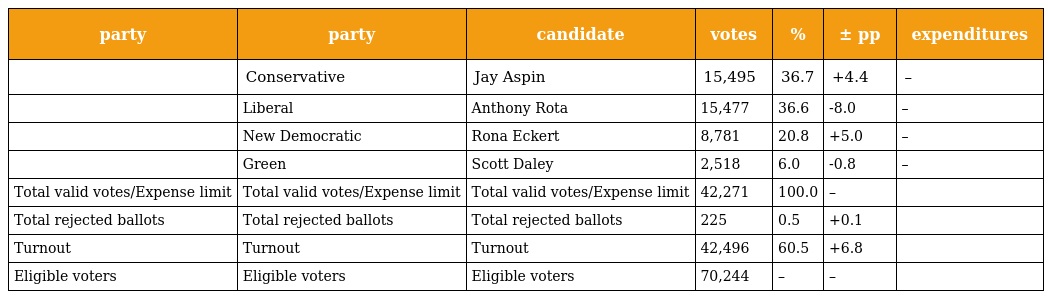
| party | party | candidate | votes | % | ± pp | expenditures |
 | --- | --- | --- | --- | --- | --- | --- |
 |  | Conservative | Jay Aspin | 15,495 | 36.7 | +4.4 | – |
 |  | Liberal | Anthony Rota | 15,477 | 36.6 | -8.0 | – |
 |  | New Democratic | Rona Eckert | 8,781 | 20.8 | +5.0 | – |
 |  | Green | Scott Daley | 2,518 | 6.0 | -0.8 | – |
 | Total valid votes/Expense limit | Total valid votes/Expense limit | Total valid votes/Expense limit | 42,271 | 100.0 | – |  |
 | Total rejected ballots | Total rejected ballots | Total rejected ballots | 225 | 0.5 | +0.1 |  |
 | Turnout | Turnout | Turnout | 42,496 | 60.5 | +6.8 |  |
 | Eligible voters | Eligible voters | Eligible voters | 70,244 | – | – |  |